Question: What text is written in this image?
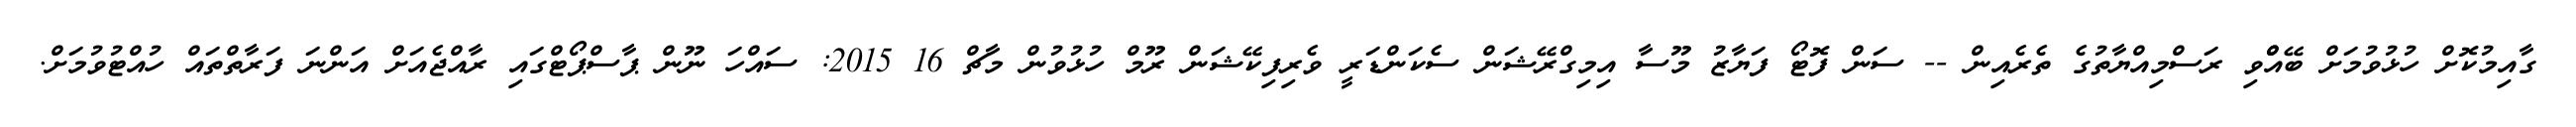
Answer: ގާއިމުކޮށް ހުޅުވުމަށް ބޭއްްވި ރަސްމިއްޔާތުގެ ތެރެއިން -- ސަން ފޮޓޯ ފަޔާޒު މޫސާ އިމިގްރޭޝަން ސެކަންޑަރީ ވެރިފިކޭޝަން ރޫމް ހުޅުވުން މާޗް 16 2015: ސައްހަ ނޫން ޕާސްޕޯޓްގައި ރާއްޖެއަށް އަންނަ ފަރާތްތައް ހުއްޓުވުމަށް.